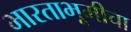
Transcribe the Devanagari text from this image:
भारताभूमीचा